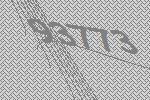
93773